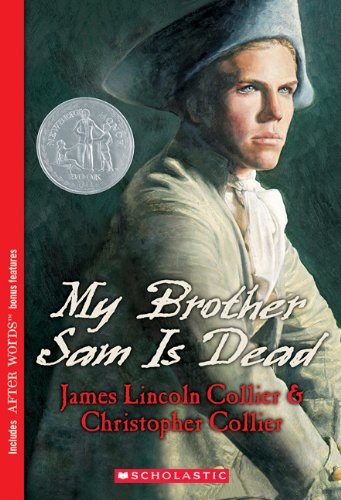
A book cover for My Brother Sam Is Dead; James Lincoln Collier; Teen & Young Adult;